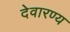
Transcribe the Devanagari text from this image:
देवारण्य